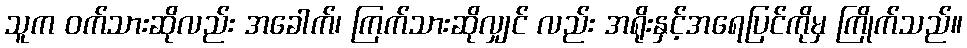
သူက ဝက်သားဆိုလည်း အခေါက်၊ ကြက်သားဆိုလျှင် လည်း အရိုးနှင့်အရေပြင်ကိုမှ ကြိုက်သည်။